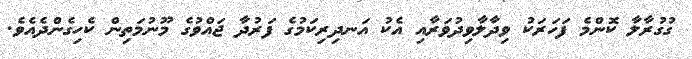
ގުގުރާލާ ކޮންމެ ފަހަރަކު ވިދާލާވިދުވަރާއި އެކު އަނދިރިކަމުގެ ފަރުދާ ޖައްވުގެ މޫނުމަތިން ކެހިގެންދެއެވެ.